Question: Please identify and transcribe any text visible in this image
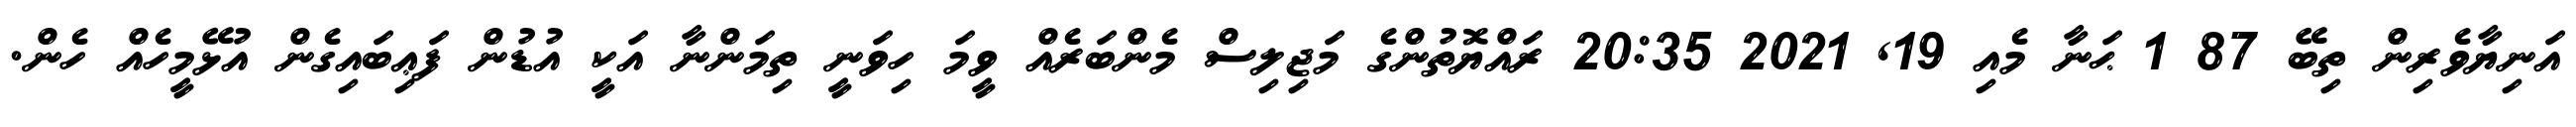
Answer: އަނިޔާވެރިން ތިބޭ 87 1 ޙަނާ މެއި 19, 2021 20:35 ރައްޔޮތުންގެ މަޖިލިސް މެންބަރެއް ވީމަ ހިވަނީ ތިމަންނާ އަކީ އުޑުން ފަޢިބައިގެން އުޅޭމީހެއް ހެން.